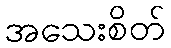
အသေးစိတ်